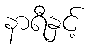
နာရီနှင့်